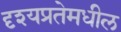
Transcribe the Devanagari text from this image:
दृश्यप्रतेमधील